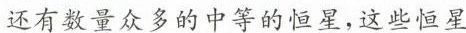
还有数量众多的中等的恒星，这些恒星